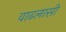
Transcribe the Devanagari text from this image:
वाढलासी